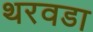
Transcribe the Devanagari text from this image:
थरवडा